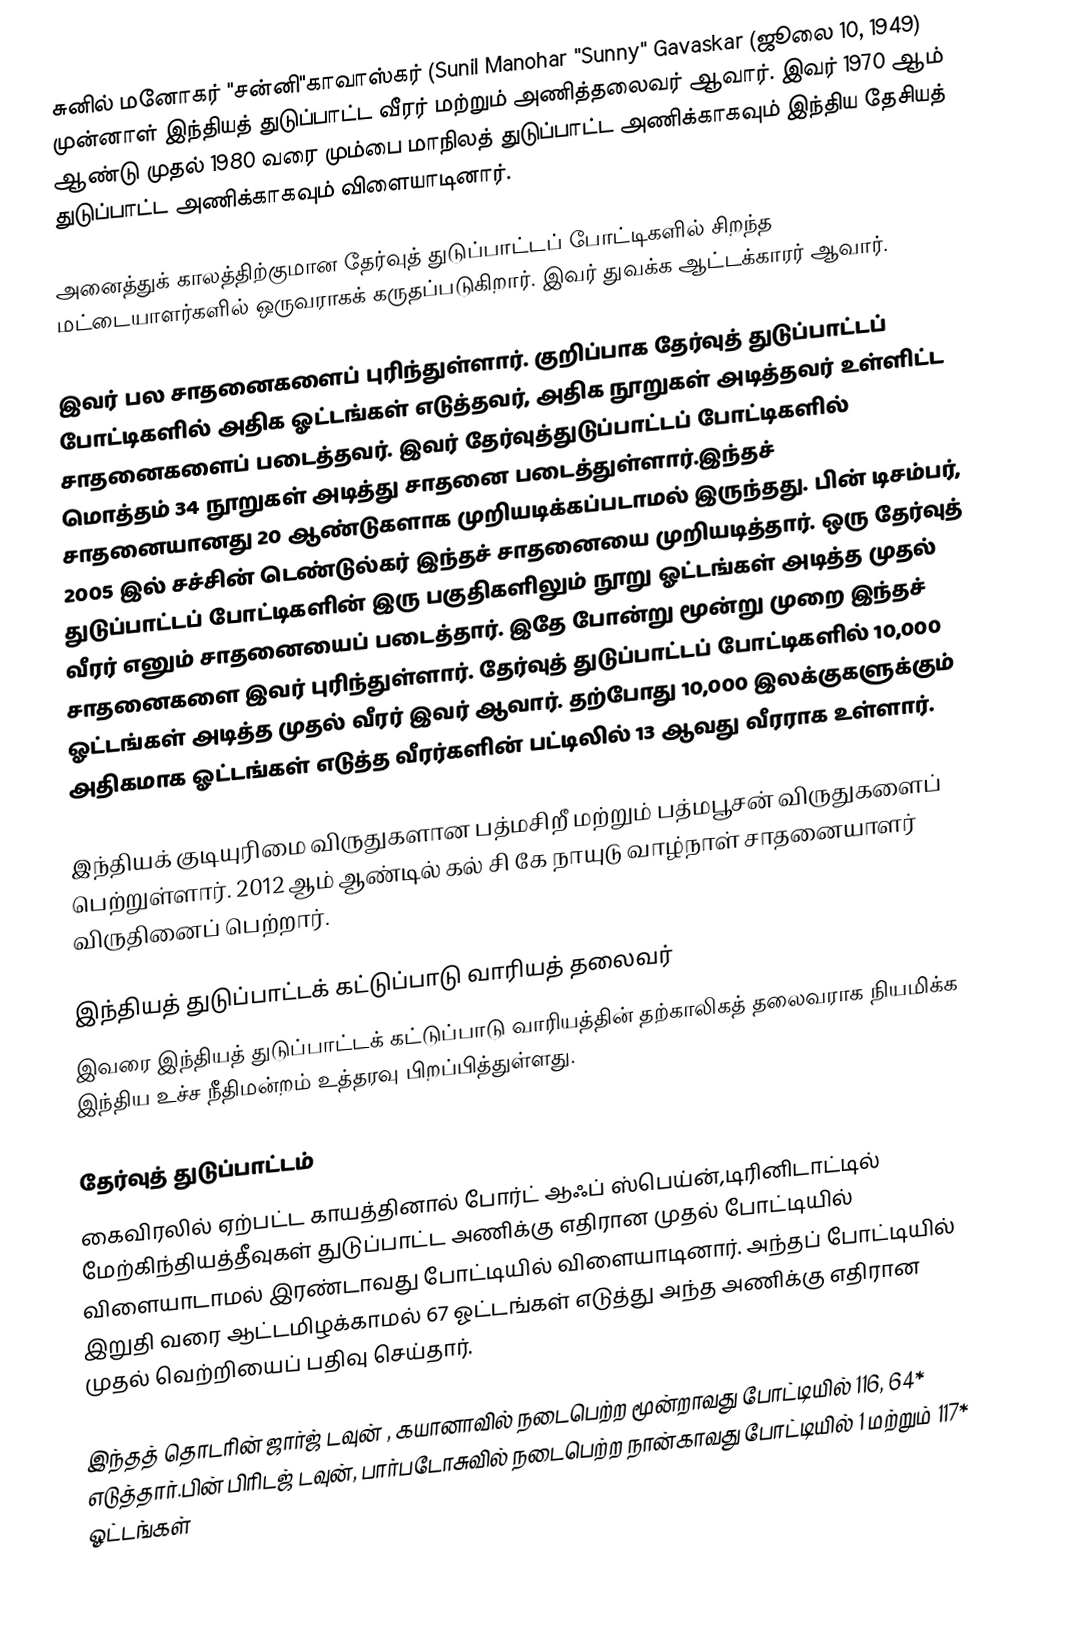
சுனில் மனோகர் "சன்னி"காவாஸ்கர் (Sunil Manohar "Sunny" Gavaskar (ஜூலை 10, 1949) முன்னாள் இந்தியத் துடுப்பாட்ட வீரர் மற்றும் அணித்தலைவர் ஆவார். இவர் 1970 ஆம் ஆண்டு முதல் 1980 வரை மும்பை மாநிலத் துடுப்பாட்ட அணிக்காகவும் இந்திய தேசியத் துடுப்பாட்ட அணிக்காகவும் விளையாடினார்.

அனைத்துக் காலத்திற்குமான தேர்வுத் துடுப்பாட்டப் போட்டிகளில்  சிறந்த மட்டையாளர்களில் ஒருவராகக் கருதப்படுகிறார். இவர் துவக்க ஆட்டக்காரர் ஆவார்.

இவர் பல சாதனைகளைப் புரிந்துள்ளார். குறிப்பாக தேர்வுத் துடுப்பாட்டப் போட்டிகளில் அதிக ஓட்டங்கள் எடுத்தவர், அதிக நூறுகள் அடித்தவர் உள்ளிட்ட சாதனைகளைப் படைத்தவர். இவர் தேர்வுத்துடுப்பாட்டப் போட்டிகளில் மொத்தம் 34 நூறுகள் அடித்து சாதனை படைத்துள்ளார்.இந்தச் சாதனையானது 20 ஆண்டுகளாக முறியடிக்கப்படாமல் இருந்தது. பின் டிசம்பர், 2005 இல் சச்சின் டெண்டுல்கர் இந்தச் சாதனையை முறியடித்தார். ஒரு தேர்வுத் துடுப்பாட்டப் போட்டிகளின் இரு பகுதிகளிலும் நூறு ஓட்டங்கள் அடித்த முதல் வீரர் எனும் சாதனையைப் படைத்தார். இதே போன்று மூன்று முறை இந்தச் சாதனைகளை இவர் புரிந்துள்ளார். தேர்வுத் துடுப்பாட்டப் போட்டிகளில் 10,000 ஓட்டங்கள் அடித்த முதல் வீரர் இவர் ஆவார். தற்போது 10,000 இலக்குகளுக்கும் அதிகமாக ஓட்டங்கள் எடுத்த வீரர்களின் பட்டிலில் 13  ஆவது வீரராக உள்ளார்.

இந்தியக் குடியுரிமை விருதுகளான பத்மசிறீ மற்றும் பத்மபூசன் விருதுகளைப் பெற்றுள்ளார். 2012 ஆம் ஆண்டில் கல் சி கே நாயுடு வாழ்நாள் சாதனையாளர் விருதினைப் பெற்றார்.

இந்தியத் துடுப்பாட்டக் கட்டுப்பாடு  வாரியத் தலைவர்
இவரை இந்தியத் துடுப்பாட்டக் கட்டுப்பாடு வாரியத்தின் தற்காலிகத் தலைவராக நியமிக்க இந்திய உச்ச நீதிமன்றம் உத்தரவு பிறப்பித்துள்ளது.

தேர்வுத் துடுப்பாட்டம்
கைவிரலில் ஏற்பட்ட காயத்தினால் போர்ட் ஆஃப் ஸ்பெய்ன்,டிரினிடாட்டில் மேற்கிந்தியத்தீவுகள் துடுப்பாட்ட அணிக்கு எதிரான முதல் போட்டியில் விளையாடாமல் இரண்டாவது போட்டியில் விளையாடினார். அந்தப் போட்டியில்  இறுதி வரை ஆட்டமிழக்காமல் 67 ஓட்டங்கள் எடுத்து அந்த அணிக்கு எதிரான முதல் வெற்றியைப் பதிவு செய்தார்.

இந்தத் தொடரின் ஜார்ஜ் டவுன் , கயானாவில் நடைபெற்ற மூன்றாவது போட்டியில் 116, 64*  எடுத்தார்.பின் பிரிடஜ் டவுன், பார்படோசுவில் நடைபெற்ற நான்காவது போட்டியில் 1 மற்றும் 117*  ஓட்டங்கள்